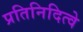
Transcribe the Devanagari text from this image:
प्रतिनिदित्वे